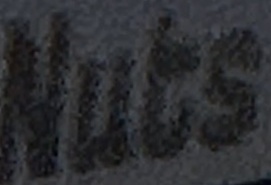
Nuts